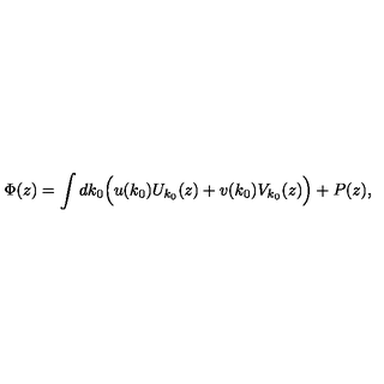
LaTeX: \Phi ( z ) = \int d k _ { 0 } \Bigl ( u ( k _ { 0 } ) U _ { k _ { 0 } } ( z ) + v ( k _ { 0 } ) V _ { k _ { 0 } } ( z ) \Bigr ) + P ( z ) ,